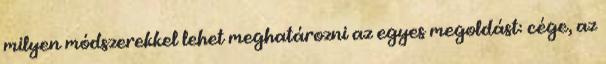
milyen módszerekkel lehet meghatározni az egyes megoldást: cége, az